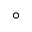
^ \circ